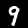
Digit: 9